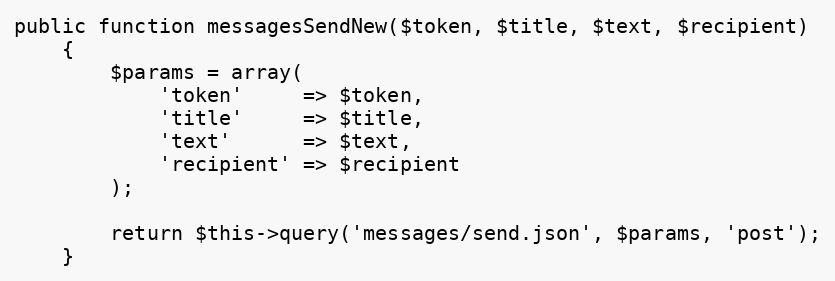
Language: PHP
public function messagesSendNew($token, $title, $text, $recipient)
    {
        $params = array(
            'token'     => $token,
            'title'     => $title,
            'text'      => $text,
            'recipient' => $recipient
        );

        return $this->query('messages/send.json', $params, 'post');
    }